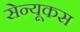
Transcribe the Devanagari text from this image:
सेन्यूकस